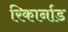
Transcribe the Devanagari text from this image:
रिकार्नाड